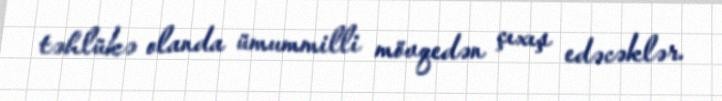
təhlükə olanda ümummilli mövqedən çıxış edəcəklər.